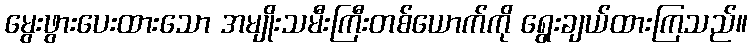
မွေးဖွားပေးထားသော အမျိုးသမီးကြီးတစ်ယောက်ကို ရွေးချယ်ထားကြသည်။